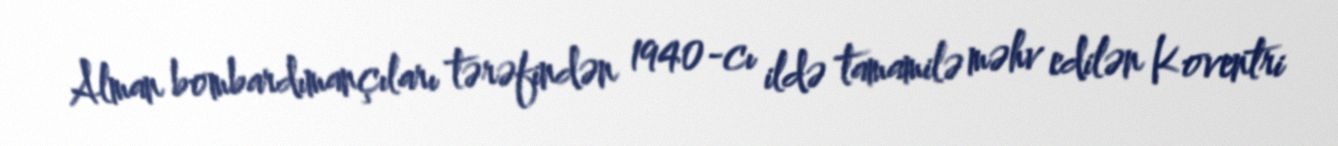
Alman bombardımançıları tərəfindən 1940-cı ildə tamamilə məhv edilən Koventri